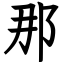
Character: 那